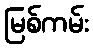
မြစ်ကမ်း